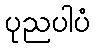
ပုညပါပံ